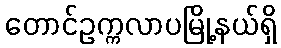
တောင်ဥက္ကလာပမြို့နယ်ရှိ